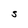
Character: S